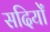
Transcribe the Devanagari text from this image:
सदियोँ